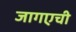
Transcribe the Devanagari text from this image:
जागएची